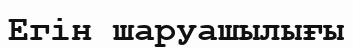
Егін шаруашылығы